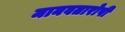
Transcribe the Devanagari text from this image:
मानवतारोपी